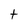
Character: t